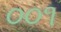
૦૦૧